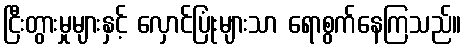
ငြီးတွားမှုများနှင့် လှောင်ပြုံးများသာ ရောစွက်နေကြသည်။